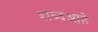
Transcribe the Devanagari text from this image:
शब्दआहे